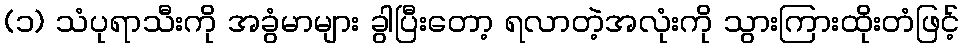
(၁) သံပုရာသီးကို အခွံမာများ ခွါပြီးတော့ ရလာတဲ့အလုံးကို သွားကြားထိုးတံဖြင့်